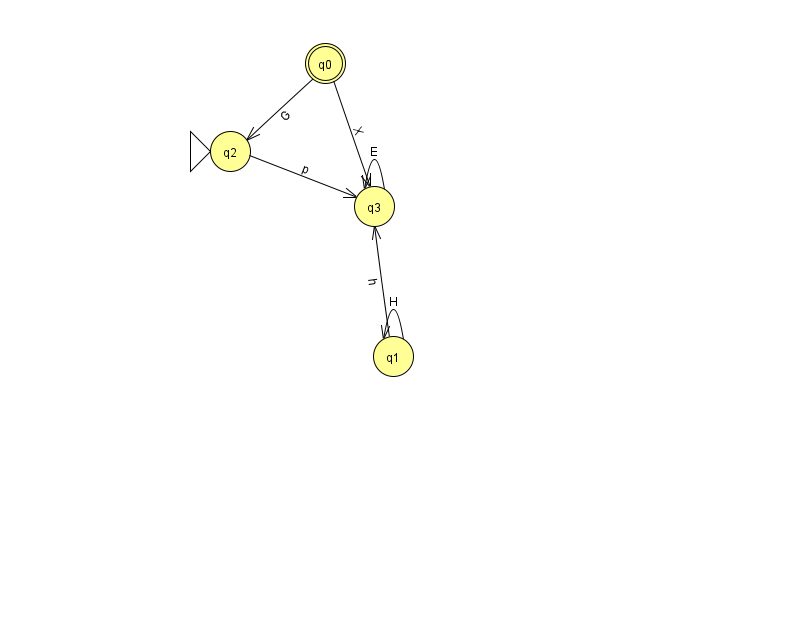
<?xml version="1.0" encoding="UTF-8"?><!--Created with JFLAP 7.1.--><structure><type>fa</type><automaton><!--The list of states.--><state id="0" name="q0"><x>325.0</x><y>50.0</y><final/></state><state id="1" name="q1"><x>393.0</x><y>343.0</y></state><state id="2" name="q2"><x>230.0</x><y>138.0</y><initial/></state><state id="3" name="q3"><x>374.0</x><y>193.0</y></state><!--The list of transitions.--><transition><from>2</from><to>3</to><read>p</read></transition><transition><from>3</from><to>3</to><read>E</read></transition><transition><from>0</from><to>3</to><read>X</read></transition><transition><from>1</from><to>1</to><read>H</read></transition><transition><from>0</from><to>2</to><read>G</read></transition><transition><from>1</from><to>3</to><read>h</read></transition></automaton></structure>